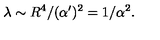
\lambda \sim R ^ { 4 } / ( \alpha ^ { \prime } ) ^ { 2 } = 1 / \alpha ^ { 2 } .